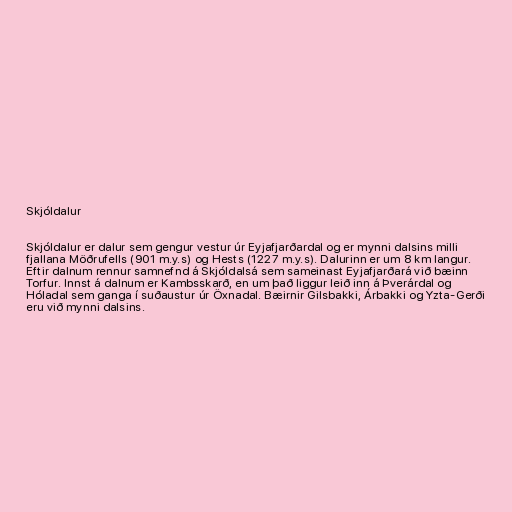
Skjóldalur

Skjóldalur er dalur sem gengur vestur úr Eyjafjarðardal og er mynni dalsins milli
fjallana Möðrufells (901 m.y.s) og Hests (1227 m.y.s). Dalurinn er um 8 km langur.
Eftir dalnum rennur samnefnd á Skjóldalsá sem sameinast Eyjafjarðará við bæinn
Torfur. Innst á dalnum er Kambsskarð, en um það liggur leið inn á Þverárdal og
Hóladal sem ganga í suðaustur úr Öxnadal. Bæirnir Gilsbakki, Árbakki og Yzta-Gerði
eru við mynni dalsins.